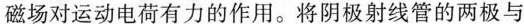
磁场对运动电荷有力的作用。将阴极射线管的两极与